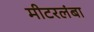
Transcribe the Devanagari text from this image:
मीटरलंबा